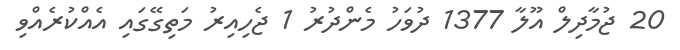
20 ޖުމާދިލް އޫލާ 1377 ދުވަހު މެންދުރު 1 ޖެހިއިރު މަތިގޭގައި އެއްކުރެއްވި